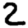
Digit: 2